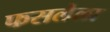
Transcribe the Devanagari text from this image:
फसलेला